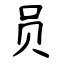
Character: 员